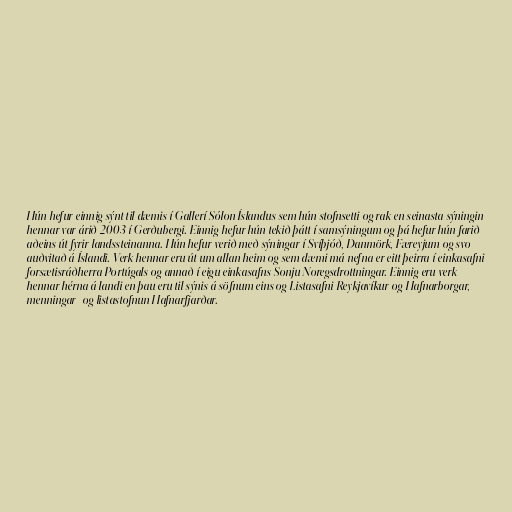
Hún hefur einnig sýnt til dæmis í Gallerí Sólon Íslandus sem hún stofnsetti og rak en seinasta sýningin
hennar var árið 2003 í Gerðubergi. Einnig hefur hún tekið þátt í samsýningum og þá hefur hún farið
aðeins út fyrir landssteinanna. Hún hefur verið með sýningar í Svíþjóð, Danmörk, Færeyjum og svo
auðvitað á Íslandi. Verk hennar eru út um allan heim og sem dæmi má nefna er eitt þeirra í einkasafni
forsætisráðherra Portúgals og annað í eigu einkasafns Sonju Noregsdrottningar. Einnig eru verk
hennar hérna á landi en þau eru til sýnis á söfnum eins og Listasafni Reykjavíkur og Hafnarborgar,
menningar- og listastofnun Hafnarfjarðar.